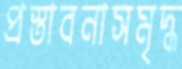
প্রস্তাবনাসমৃদ্ধ